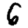
Digit: 6